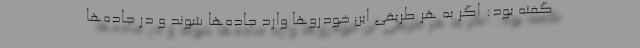
گفته بود: اگر به هر طریقی این خودروها وارد جاده‌ها شوند و در جاده‌ها